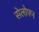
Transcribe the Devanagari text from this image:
सेलोफ्न